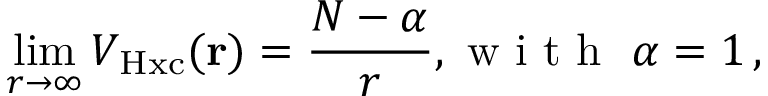
\operatorname* { l i m } _ { r \rightarrow \infty } V _ { \mathrm { H x c } } ( { \bf r } ) = \frac { N - \alpha } { r } , \mathrm { ~ w ~ i ~ t ~ h ~ \ } \alpha = 1 \, ,